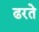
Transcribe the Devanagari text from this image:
ढरते